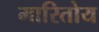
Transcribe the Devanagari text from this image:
मारितोय